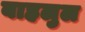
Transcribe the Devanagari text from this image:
बाहलुल